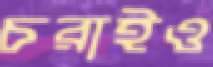
চরাইও